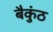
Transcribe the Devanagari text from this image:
बैकुंठ